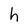
Character: h